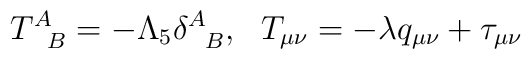
T^A_{\phantom{A}B}=-\Lambda_5\delta^A_{\phantom{A}B},~~T_{\mu\nu}=-\lambda q_{\mu\nu}+\tau_{\mu\nu}